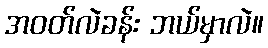
အဝတ်လဲခန်း ဘယ်မှာလဲ။